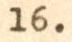
16.